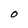
Character: O